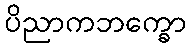
ပိညာကဘက္ခော